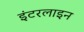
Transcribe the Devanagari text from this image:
इंटरलाइन